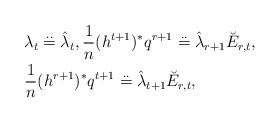
LaTeX: \begin{align*}&\lambda_t \overset{\mathbf{. .}}{=} \hat{\lambda}_{t}, \frac{1}{n}(h^{t+1})^*q^{r+1} \overset{\mathbf{. .}}{=} \hat{\lambda}_{r+1} \breve{E}_{r,t}, \\& \frac{1}{n}(h^{r+1})^*q^{t+1} \overset{\mathbf{. .}}{=} \hat{\lambda}_{t+1} \breve{E}_{r,t}, \end{align*}